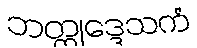
ဘတ္တုဒ္ဒေသကံ